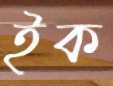
ইক